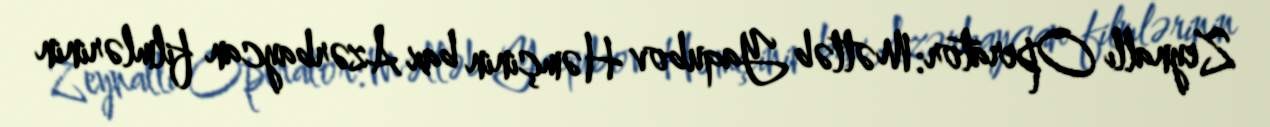
Zeynallı Operator: Mətləb Yaqubov Həmçinin bax Azərbaycan filmlərinin